Report on horse surra - Volume II, Part I
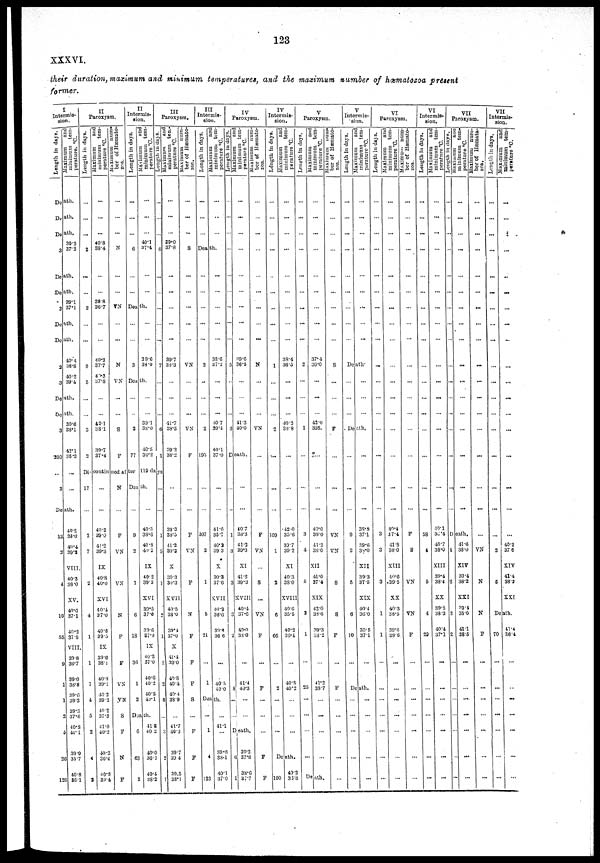
123
XXXVL.
their duration, maximum and minimum temperatures, and the maximum number of hæmatozoa present
former.
I
Intermis-
sion .
Length in days.
Death.
Death.
Death.
3
Death.
Death.
3
Death.
Death.
2
3
Death.
Death.
3
200
3
Death.
13
2
4
10
55
9
1
1
2
5
26
126
Maximum
and
minimum tem-
perature. °C.
39.3
37.2
39.1
37.1
40.4
38.8
40.2
39.4
39.6
38.1
42.1
36.3
40.2
38.0
39.3
VIII.
40.3
38.0
XV.
40.6
37.1
40.2
37.5
VIII.
39.8
36.7
39.0
38.8
39.6
39.3
39.3
37.6
40.8
40.1
39.9
35.7
40.8
86.1
II
Paroxysm.
Length in days.
...
...
...
2
...
2
...
9
5
...
3
2
Dicontinued after 119 days.
17
2
7
2
4
1
1
7
4
5
2
4
2
maximum
and
minimum tem-
perature °C.
....
...
40.8
38.4
...
39.8
36.7
...
40.2
37.7
40.3
37.8
...
...
42.1
38.1
39.7
37.4
...
...
40.2
38.0
41 .2
39.3
IX
40.8
40.0
XVI
40.4
37.0
40 .6
39.5
IX
39.6
38.1
40.3
39.1
40. 2
39 2
40.2
37.3
41.0
40.2
40.3
36.4
40.8
39.4
Maximum num-
ber
of Hæmato-
zoa.
....
...
N
...
VN
...
N
VN
S
F
N
...
F
VN
VN
N
F
F
VN
S
F
N
F
II
Intermis-
sion.
Length in days.
....
...
6
...
...
Death
...
...
3
Death
2
77
Death.
...
9
2
1
6
18
36
1
2
Death
6
63
3
Maximum
and
minimum tem-
perature °C.
...
...
...
40.1
37.4
...
...
...
...
...
39.6
38.0
...
...
...
39.1
38.0
40.5
36.2
...
...
40.3
38.6
40.8
40.2
IX
40.2
39.3
XVI
39.5
37.0
39.6
37.0
IX
40.3
37.0
40.6
40.2
40.5
40.1
41.8
40 2
40.0
36.1
40.4
38.2
P
III
aroxysm,
Length in days.
....
...
...
6
...
...
...
...
...
7
...
6
1
...
...
1
5
1
2
1
2
2
8
3
2
1
Maximum and
minimum t
em-
perature °C.
39.0
37.8
...
...
39.7
38.3
47.7
38.5
39.2
38.2
39.3
38.3
11.2
39.3
X
39.3
39.3
XVII
40.5
33.0
39.4
37.0
X
39.0
40.8
40.4
40.4
33.9
41.7
40.3
39.7
39.4
39.5
38.1
Maximum num-
ber of Hæmato-
zoa.
...
...
...
S
...
...
...
...
...
VN
...
VN
F
...
...
F
VN
F
N
F
F
F
S
F
F
F
I II
Intermis-
sion.
Length in days.
...
...
...
Death
...
...
...
...
...
2
.
...
...
2
195
...
...
207
2
1
5
21
...
1
Death.
1
4
123
Maximum
and
minimum tem-
perature °C.
....
....
...
...
...
...
...
...
...
38.0
37.2
...
...
40.7
39.4
40.1
37.0
...
...
41.6
35.7
46.2
39 3
X
30.3
37.6
XVII
40.2
38.6
30.8
36. 6
...
40.5
40.0
41.1
39.6
38.1
40.1
37.0
Length in days.
....
....
....
....
...
...
...
...
...
5
...
...
3
...
...
1
3
3
3
2
...
8
6
1
IV
Paroxysm.
Maximum and
minimum t
em-
perature °C.
39.6
36.5
11.3
40.0
Death.
40.7
38.3
41.2
39.3
XI
41.2
39.3
XVIII
40.4
37.6
40.0
38.0
41.4
40.3
Death.
39.2
37.8
38.6
37.7
Maximum num-
ber
of Hæmato-
zoa.
....
...
...
...
...
...
...
...
...
N
...
...
VN
...
...
...
F
VN
S
VN
F
...
F
...
F
F
IV
Intermis-
sion.
Length in days.
....
...
...
...
...
...
...
...
...
1
...
...
2
...
...
...
109
1
3
6
66
...
2
...
Death
100
Maximum
and
minimum tem-
perature °C.
....
....
....
...
...
...
...
...
...
38.4
36.5
...
...
...
40.2
38.8
...
...
...
42 .0
35.6
39.7
39 .2
XI
40.3
38.0
XVIII
40.6
35.5
40.2
36.4
...
40.8
40.2
...
...
49.2
38.8
V
Paroxysm.
Length
in days.
.....
...
....
...
...
...
...
...
...
2
...
...
...
1
...
...
...
3
4
5
2
1
...
25
...
...
Death.
Maximum and
minimum tem-
perature °C.
....
...
...
...
...
...
...
...
...
37.4
36.0
...
...
...
42.0
39.8.
...
...
...
40.0
38.0
41.2
38.0
XII
41.0
37.4
XIX
42.0
38.6
39.3
38.2
...
41.2
38.7
...
...
...
Maximum num-
ber of Hæmato-
zoa.
.....
...
...
...
...
...
...
...
...
S
...
...
...
F
...
...
...
VN
VN
S
8
F
...
F
...
...
...
V
Intermis-
sion.
Length in days.
....
...
...
...
...
...
...
...
...
Death
...
...
...
Death
...
...
...
9
2
5
6
10
...
Death.
...
...
...
minimum tem-
perature °C.
....
...
...
......
...
...
...
...
...
...
...
...
...
...
...
...
...
38.8
37.1
39.6
38.0
XII
39.3
37.5
XIX
40.4
36.0
39.5
371
...
...
...
...
...
VI
Paroxysm.
Length in days.
....
....
....
...
...
...
...
...
...
...
...
...
...
...
...
...
...
3
3
3
1
1
...
...
...
...
...
minimum tem-
perature °C.
....
...
...
...
...
...
...
...
...
...
...
...
...
...
...
...
...
40.4
37.4
41.8
38.0
XIII
40.0
39.5
XX
40.3
38.5
39.6
38.6
...
...
...
...
...
Maximum num-
ber of Hæmato-
zoa.
....
....
...
...
...
...
...
...
...
...
...
...
...
...
...
...
...
F
S
VN
VN
F
...
...
..,
...
...
VI
Intermis-
sion.
Length in days.
....
...
...
...
...
...
...
...
...
...
...
...
...
...
...
...
58
4
5
4
29
...
...
...
...
...
Maximum and
minimum t
em-
perature °C.
....
...
...
...
...
...
...
...
...
...
...
40.1
36.4
40.7
38.0
XIII
39.4
38.4
XX
39.8
38.3
40.4
37. 1
...
...
...
...
...
Length in days.
4
2
2
2
VII
Paroxysm.
Maximum
and
minimum tem-
perature °C.
....
...
...
...
...
...
...
...
...
...
...
...
...
...
...
...
...
Death.
41.6
38.0
XIV
39.4
38.2
XXI
39.1
35.0
41.1
38.5
...
...
Maximum num-
ber of Hæmata.
zoa.
...
...
...
...
...
...
...
...
...
...
...
...
...
...
...
...
...
...
VN
N
N
F
...
...
...
...
...
VII
Intermis-
sion.
Length in days.
...
...
...
...
...
...
...
...
...
...
...
...
...
...
...
...
...
...
2
5
70
...
...
...
...
...
Maximum and
minimum tem-
perature
°C.
...
...
...
...
....
...
...
...
...
...
...
...
...
...
...
...
...
...
40.2
37 6
XIV
41.4
38.2
XXI
Death.
41.4
36.4
...
...
...
...
...